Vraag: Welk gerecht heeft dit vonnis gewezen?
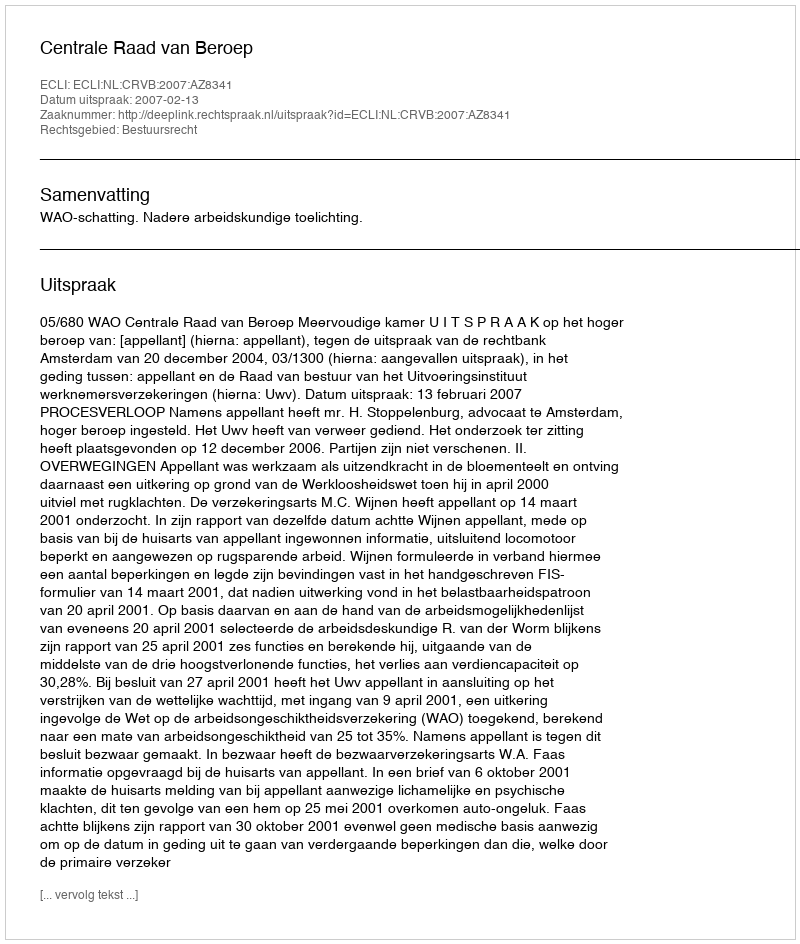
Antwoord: Centrale Raad van Beroep